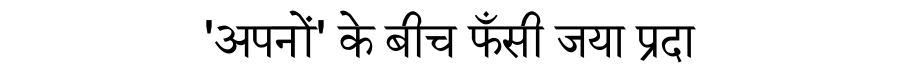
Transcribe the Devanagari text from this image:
'अपनों' के बीच फँसी जया प्रदा